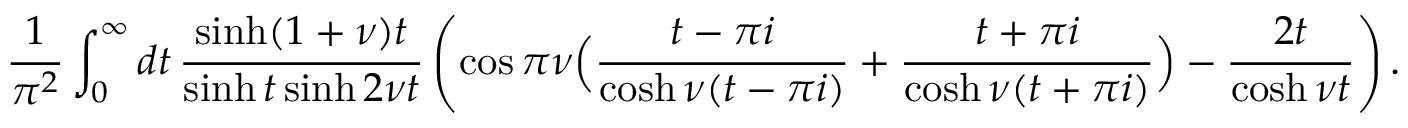
\frac { 1 } { \pi ^ { 2 } } \int _ { 0 } ^ { \infty } d t \, \frac { \sinh ( 1 + \nu ) t } { \sinh t \sinh 2 \nu t } \left( \cos \pi \nu \Bigl ( \frac { t - \pi i } { \cosh \nu ( t - \pi i ) } + \frac { t + \pi i } { \cosh \nu ( t + \pi i ) } \Bigr ) - \frac { 2 t } { \cosh \nu t } \right) .